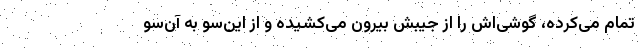
تمام می‌کرده، گوشی‌اش را از جیبش بیرون می‌کشیده و از این‌سو به آن‌سو